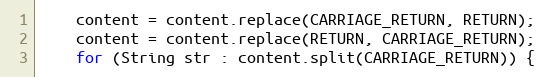
Language: Java
    content = content.replace(CARRIAGE_RETURN, RETURN);
    content = content.replace(RETURN, CARRIAGE_RETURN);
    for (String str : content.split(CARRIAGE_RETURN)) {